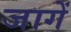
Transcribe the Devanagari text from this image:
जागें